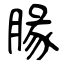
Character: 腞